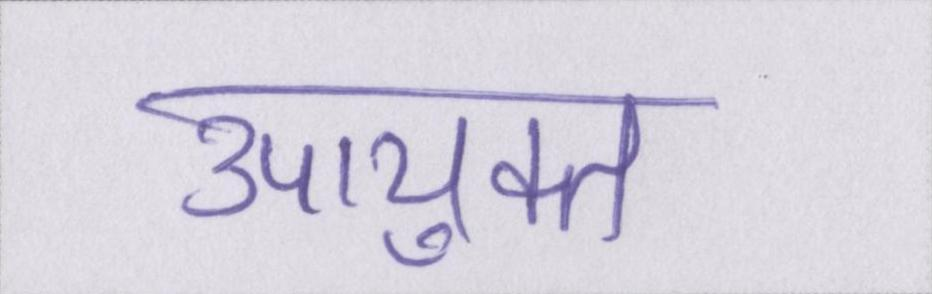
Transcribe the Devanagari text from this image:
उपायुक्त